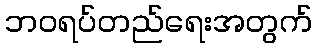
ဘဝရပ်တည်ရေးအတွက်